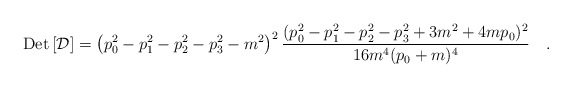
\begin{align*}\mbox{Det}\left [{\cal D} \right ]=\left ( p_0^2 - p_1^2 - p_2^2 - p_3^2 -m^2 \right)^2 \frac{( p_0^2 -p_1^2 -p_2^2 -p_3^2 +3m^2 +4mp_0 )^2}{16m^4 (p_0 +m)^4}\quad.\end{align*}